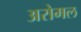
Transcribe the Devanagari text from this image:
अरोमल